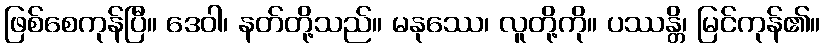
ဖြစ်စေကုန်ပြီ။ ဒေဝါ၊ နတ်တို့သည်။ မနုဿေ၊ လူတို့ကို။ ပဿန္တိ၊ မြင်ကုန်၏။